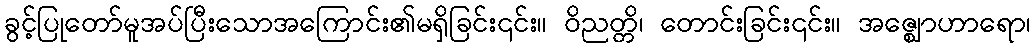
ခွင့်ပြုတော်မူအပ်ပြီးသောအကြောင်း၏မရှိခြင်း၎င်း။ ဝိညတ္တိ၊ တောင်းခြင်း၎င်း။ အဇ္ဈောဟာရော၊